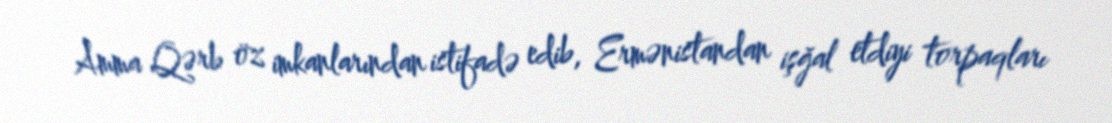
Amma Qərb öz imkanlarından istifadə edib, Ermənistandan işğal etdiyi torpaqları